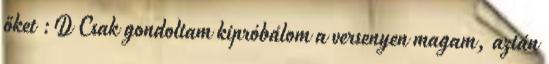
őket :D Csak gondoltam kipróbálom a versenyen magam, aztán